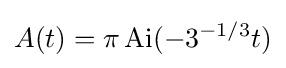
A(t)=\pi \operatorname {Ai} (-3^{-1/3}t)